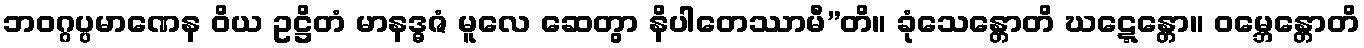
ဘဝဂ္ဂပ္ပမာဏေန ဝိယ ဥဋ္ဌိတံ မာနဒ္ဓဇံ မူလေ ဆေတွာ နိပါတေဿာမီ”တိ။ ခုံသေန္တောတိ ဃဋ္ဋေန္တော။ ဝမ္ဘေန္တောတိ